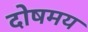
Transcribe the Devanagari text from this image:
दोषमय